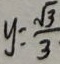
y = \frac { \sqrt { 3 } } { 3 }